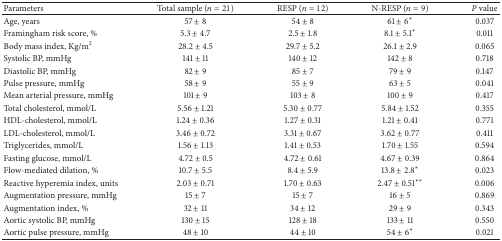
<table><thead><tr><td><b>Parameters</b></td><td><b>Total sample (<i>n</i> = 21)</b></td><td><b>RESP (<i>n</i> = 12)</b></td><td><b>N-RESP (<i>n</i> = 9)</b></td><td><b><i>P</i> value</b></td></tr></thead><tbody><tr><td>Age, years</td><td>57 ± 8</td><td>54 ± 8</td><td>61 ± 6*</td><td>0.037</td></tr><tr><td>Framingham risk score, %</td><td>5.3 ± 4.7</td><td>2.5 ± 1.8</td><td>8.1 ± 5.1*</td><td>0.011</td></tr><tr><td>Body mass index, Kg/m2</td><td>28.2 ± 4.5</td><td>29.7 ± 5.2</td><td>26.1 ± 2.9</td><td>0.065</td></tr><tr><td>Systolic BP, mmHg</td><td>141 ± 11</td><td>140 ± 12</td><td>142 ± 8</td><td>0.718</td></tr><tr><td>Diastolic BP, mmHg</td><td>82 ± 9</td><td>85 ± 7</td><td>79 ± 9</td><td>0.147</td></tr><tr><td>Pulse pressure, mmHg</td><td>58 ± 9</td><td>55 ± 9</td><td>63 ± 5</td><td>0.041</td></tr><tr><td>Mean arterial pressure, mmHg</td><td>101 ± 9</td><td>103 ± 8</td><td>100 ± 9</td><td>0.417</td></tr><tr><td>Total cholesterol, mmol/L</td><td>5.56 ± 1.21</td><td>5.30 ± 0.77</td><td>5.84 ± 1.52</td><td>0.355</td></tr><tr><td>HDL-cholesterol, mmol/L</td><td>1.24 ± 0.36</td><td>1.27 ± 0.31</td><td>1.21 ± 0.41</td><td>0.771</td></tr><tr><td>LDL-cholesterol, mmol/L</td><td>3.46 ± 0.72</td><td>3.31 ± 0.67</td><td>3.62 ± 0.77</td><td>0.411</td></tr><tr><td>Triglycerides, mmol/L</td><td>1.56 ± 1.13</td><td>1.41 ± 0.53 </td><td>1.70 ± 1.55</td><td>0.594</td></tr><tr><td>Fasting glucose, mmol/L</td><td>4.72 ± 0.5</td><td>4.72 ± 0.61</td><td>4.67 ± 0.39</td><td>0.864</td></tr><tr><td>Flow-mediated dilation, %</td><td>10.7 ± 5.5</td><td>8.4 ± 5.9</td><td>13.8 ± 2.8*</td><td>0.023</td></tr><tr><td>Reactive hyperemia index, units</td><td>2.03 ± 0.71</td><td>1.70 ± 0.63</td><td>2.47 ± 0.51**</td><td>0.006</td></tr><tr><td>Augmentation pressure, mmHg</td><td>15 ± 7</td><td>15 ± 7</td><td>16 ± 5</td><td>0.869</td></tr><tr><td>Augmentation index, %</td><td>32 ± 11</td><td>34 ± 12</td><td>29 ± 9</td><td>0.343</td></tr><tr><td>Aortic systolic BP, mmHg </td><td>130 ± 15</td><td>128 ± 18</td><td>133 ± 11</td><td>0.550</td></tr><tr><td>Aortic pulse pressure, mmHg</td><td>48 ± 10</td><td>44 ± 10</td><td>54 ± 6*</td><td>0.021</td></tr></tbody></table>